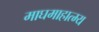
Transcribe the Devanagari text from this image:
माघमाहात्म्य